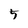
Character: 5